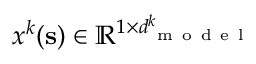
\boldsymbol { x } ^ { k } ( \mathbf { s } ) \in \mathbb { R } ^ { 1 \times d _ { \mathrm { ~ m ~ o ~ d ~ e ~ l ~ } } ^ { k } }